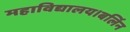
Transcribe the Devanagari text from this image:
महाविद्यालय।बर्लिन